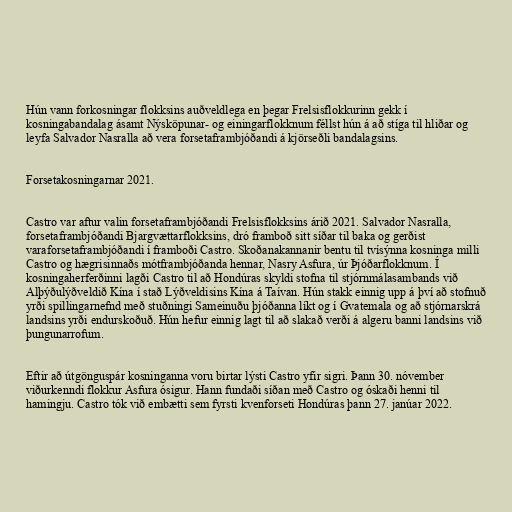
Hún vann forkosningar flokksins auðveldlega en þegar Frelsisflokkurinn gekk í
kosningabandalag ásamt Nýsköpunar- og einingarflokknum féllst hún á að stíga til hliðar og
leyfa Salvador Nasralla að vera forsetaframbjóðandi á kjörseðli bandalagsins.

Forsetakosningarnar 2021.

Castro var aftur valin forsetaframbjóðandi Frelsisflokksins árið 2021. Salvador Nasralla,
forsetaframbjóðandi Bjargvættarflokksins, dró framboð sitt síðar til baka og gerðist
varaforsetaframbjóðandi í framboði Castro. Skoðanakannanir bentu til tvísýnna kosninga milli
Castro og hægrisinnaðs mótframbjóðanda hennar, Nasry Asfura, úr Þjóðarflokknum. Í
kosningaherferðinni lagði Castro til að Hondúras skyldi stofna til stjórnmálasambands við
Alþýðulýðveldið Kína í stað Lýðveldisins Kína á Taívan. Hún stakk einnig upp á því að stofnuð
yrði spillingarnefnd með stuðningi Sameinuðu þjóðanna líkt og í Gvatemala og að stjórnarskrá
landsins yrði endurskoðuð. Hún hefur einnig lagt til að slakað verði á algeru banni landsins við
þungunarrofum.

Eftir að útgönguspár kosninganna voru birtar lýsti Castro yfir sigri. Þann 30. nóvember
viðurkenndi flokkur Asfura ósigur. Hann fundaði síðan með Castro og óskaði henni til
hamingju. Castro tók við embætti sem fyrsti kvenforseti Hondúras þann 27. janúar 2022.